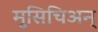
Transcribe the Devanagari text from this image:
मुसिचिअन्